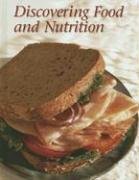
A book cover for Discovering Food and Nutrition, Student Edition; McGraw-Hill; Teen & Young Adult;